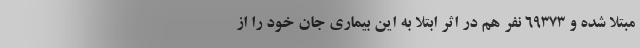
مبتلا شده و 69373 نفر هم در اثر ابتلا به این بیماری جان خود را از